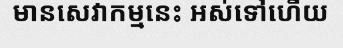
មានសេវាកម្មនេះ អស់ទៅហើយ